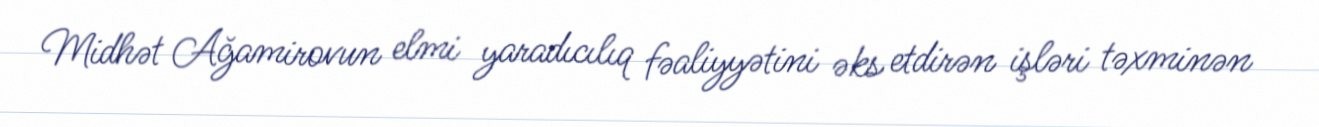
Midhət Ağamirovun elmi yaradıcılıq fəaliyyətini əks etdirən işləri təxminən